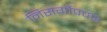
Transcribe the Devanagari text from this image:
निसर्गौपचार